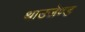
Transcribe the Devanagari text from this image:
थाउजेण्ड